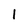
Character: 1